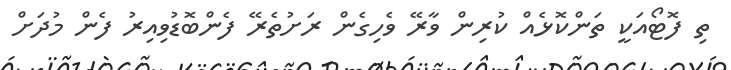
ތި ފޮޓޯއަކީ ތަންކޮޅެއް ކުރިން ވާރޭ ވެހިގެން ރަށުތެރޭ ފެންބޮޑުވިއިރު ފެން މުދަށް